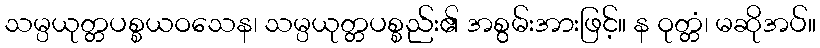
သမ္ပယုတ္တပစ္စယဝသေန၊ သမ္ပယုတ္တပစ္စည်း၏ အစွမ်းအားဖြင့်။ န ဝုတ္တံ၊ မဆိုအပ်။